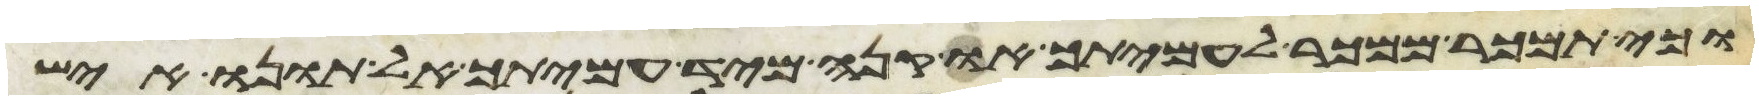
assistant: וכי תמכר ממכר לעמיתך או קנה מיד עמיתך אל תונו איש